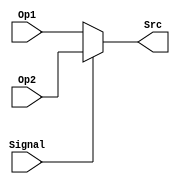
module BranchSignal_Mux (Src, Op1, Op2, Signal);

// input 
	input Op1, Op2, Signal;
	
// output
	output reg Src;
	
	always @(*)
		begin
			if(Signal)
				Src <= Op2;
			else 
				Src <= Op1;
		end
endmodule